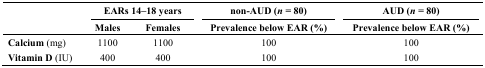
<table><thead><tr><td></td><td colspan="2"><b>EARs 14–18 years</b></td><td><b>non-AUD (<i>n</i> = 80)</b></td><td><b>AUD (<i>n</i> = 80)</b></td></tr><tr><td></td><td><b>Males</b></td><td><b>Females</b></td><td><b>Prevalence below EAR (%)</b></td><td><b>Prevalence below EAR (%)</b></td></tr></thead><tbody><tr><td><b>Calcium</b> (mg)</td><td>1100</td><td>1100</td><td>100</td><td>100</td></tr><tr><td><b>Vitamin D</b> (IU)</td><td>400</td><td>400</td><td>100</td><td>100</td></tr></tbody></table>